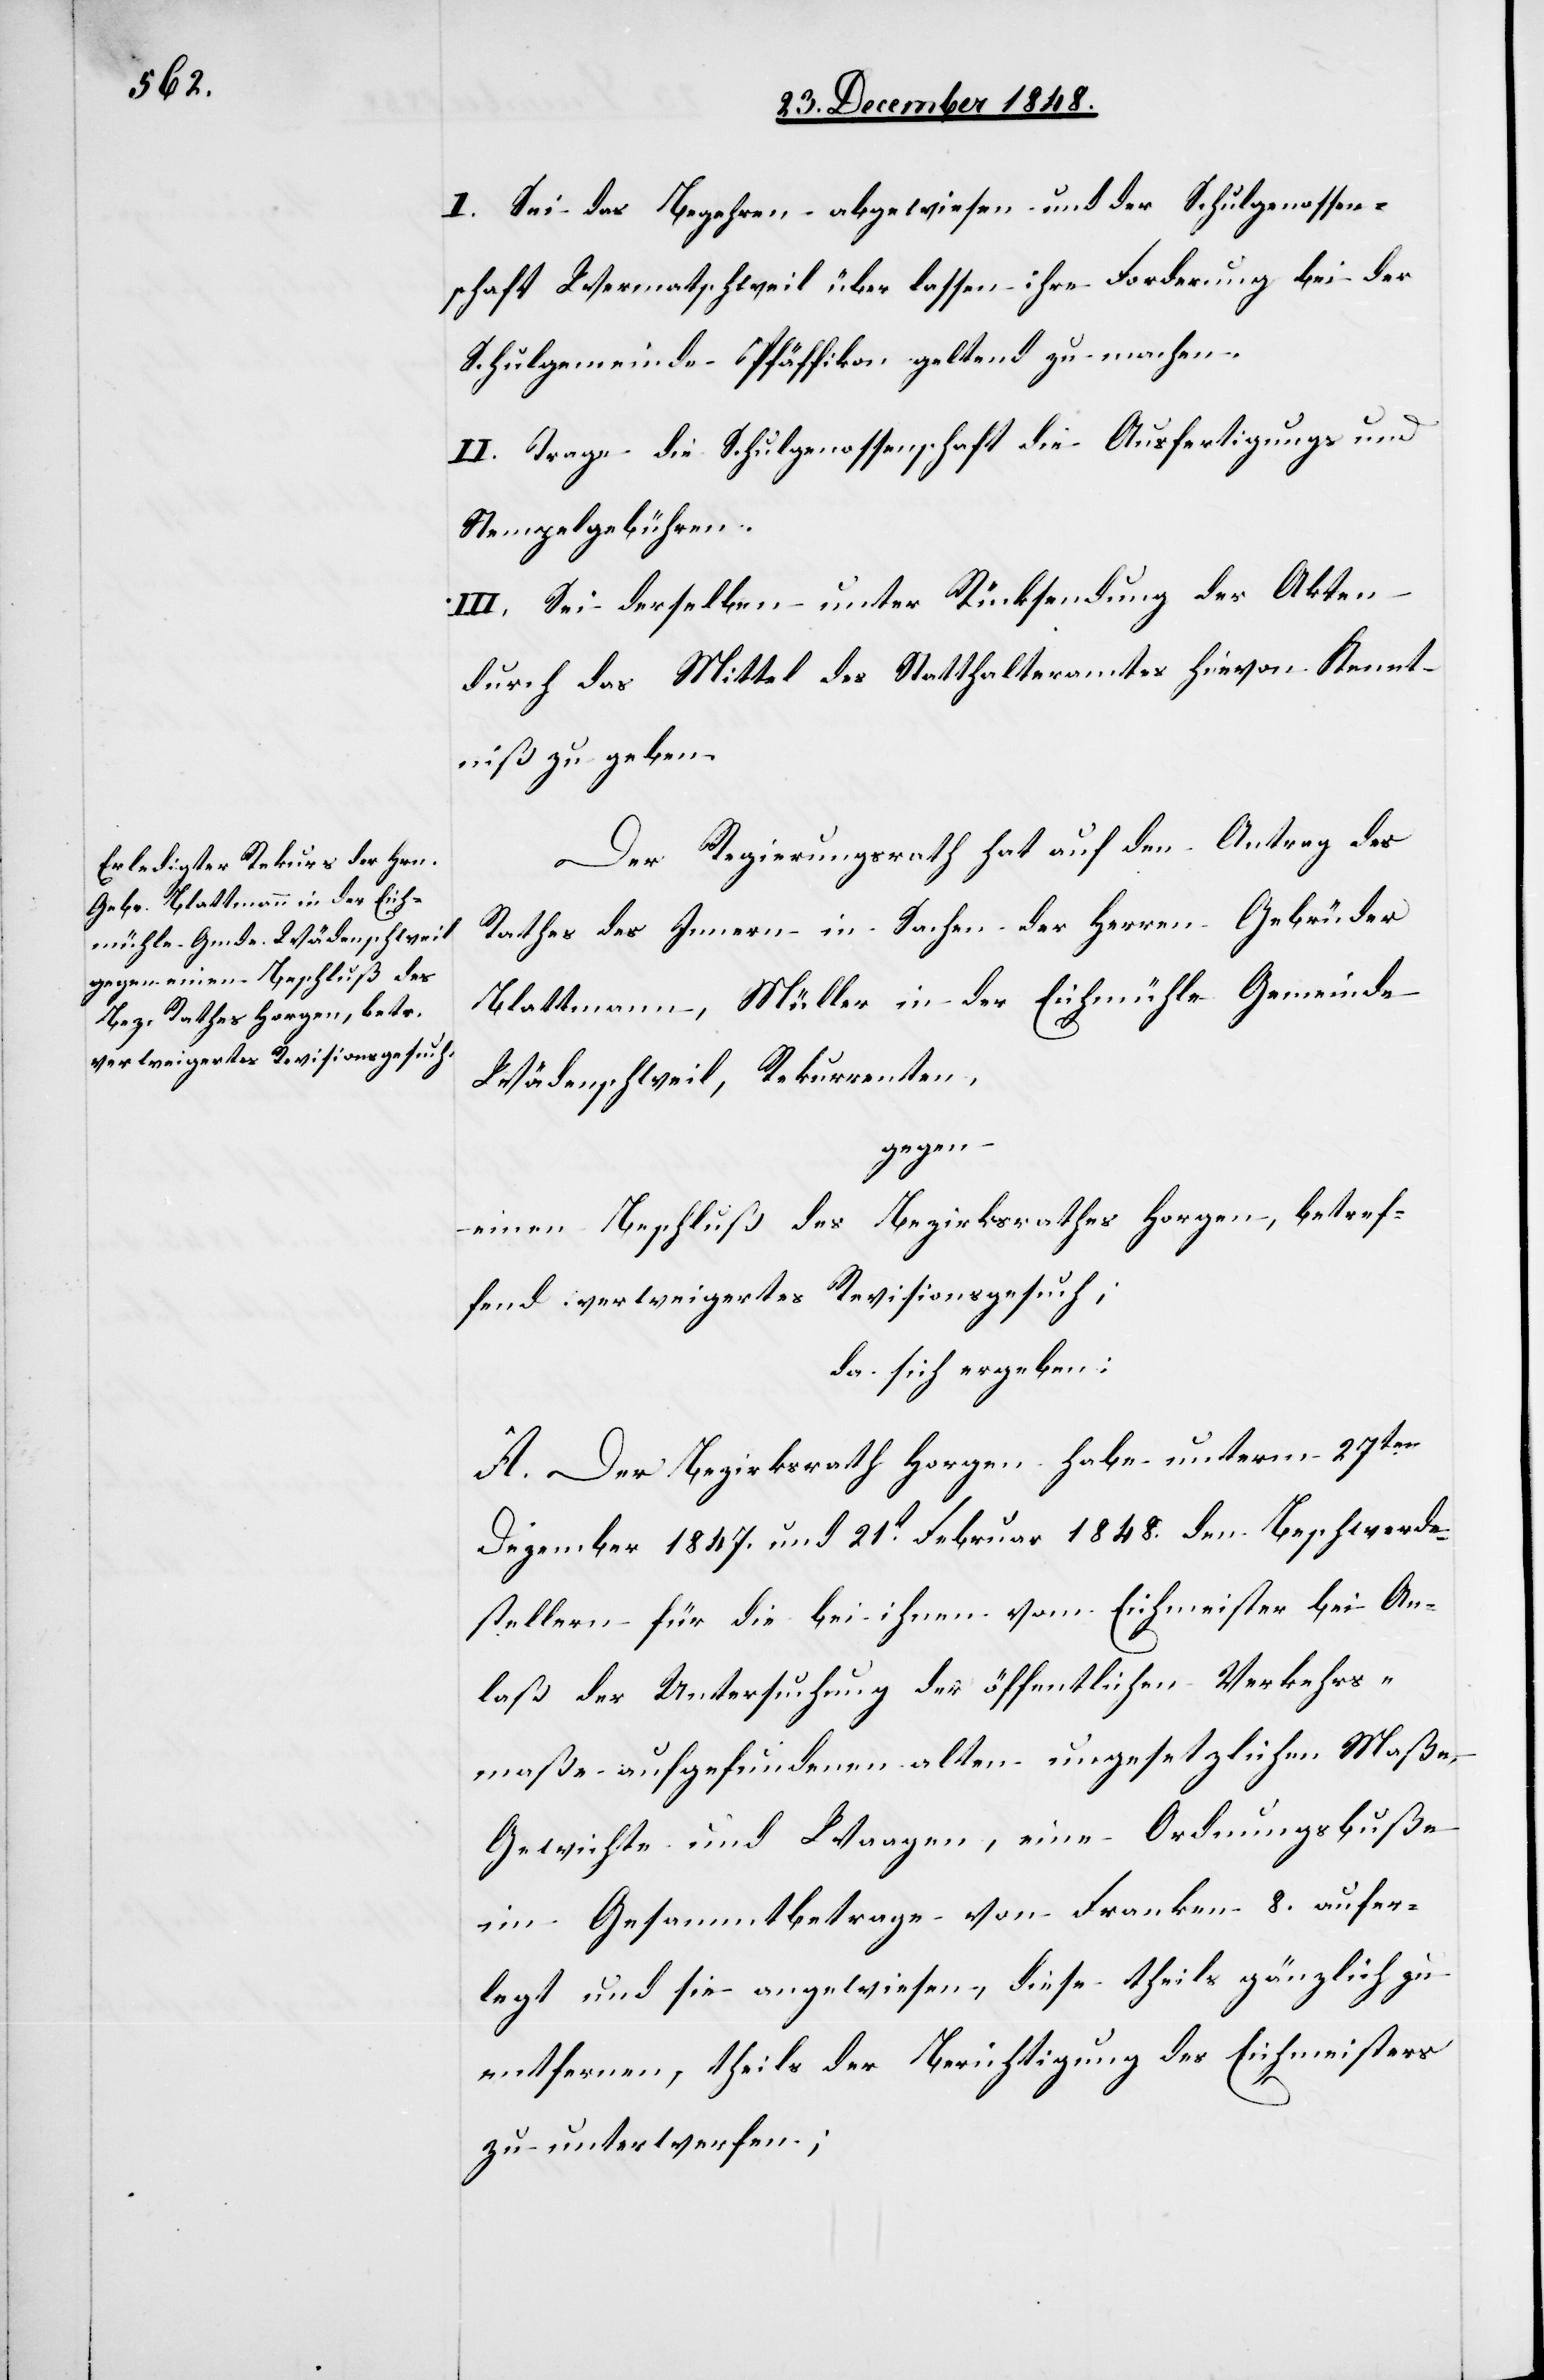
I. Sei das Begehren abgewiesen und der Schulgenossen¬
schaft Wermatschweil überlassen ihre Forderung bei der
Schulgemeinde Pfäffikon geltend zu machen.
II. Trage die Schulgenossenschaft die Ausfertigungs- und
Stempelgebühren.
III. Sei derselben unter Rücksendung der Akten
durch das Mittel des Statthalteramtes hievon Kennt¬
niß zu geben.
Der Regierungsrath hat auf den Antrag des
Rathes des Innern in Sachen des Herren Gebrüder
Blattmann, Müller in der Eichmühle Gemeinde
Wädenschweil, Rekurrenten,
gegen
einen Beschluß des Bezirksrathes Horgen, betref¬
fend verweigertes Revisionsgesuch,
da sich ergeben:
A. Der Bezirksrath Horgen habe unterm 27ten
Dezember 1847. und 21t Februar 1848. den Beschwerde¬
stellern für die bei ihnen vom Eichmeister bei An¬
laß der Untersuchung der öffentlichen Vekehrs¬
maße aufgefundenen alten ungesetzlichen Maße,
Gewichte und Waagen, eine Ordnungsbuße
im Gesammtbetrage von Franken 8. aufer¬
legt und sie angewiesen, diese theils gänzlich zu
entfernen, theils der Berichtigung des Eichmeisters
zu unterwerfen;